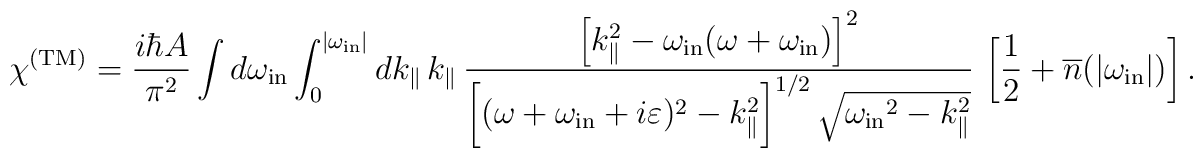
\chi^{\rm (TM)} = {i\hbar A\over \pi^2}\int d\omega_{\rm in}\int_{0}^{|\omega_{\rm in}|} dk_{\|}\, k_{\|} \,\frac{\left[k_{\|}^2-\omega_{\rm in}(\omega+\omega_{\rm in}) \right]^2}{\biggl[(\omega+\omega_{\rm in}+ i\varepsilon)^2-k_{\|}^2\biggr]^{1/2} \, \sqrt{{\omega_{\rm in}}^2-k_{\|}^2}}\,\left[ {1\over 2}+{\overline n}(|\omega_{\rm in}|)\right].